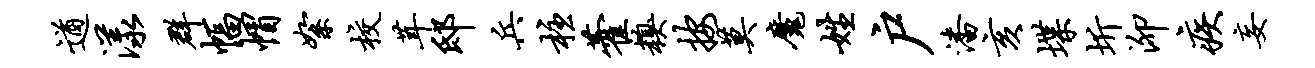
遒漾群幅帽絮校茸邸兵柱藿糗按莫魔姓户潘亥堞圻泖疾妄